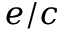
e / c